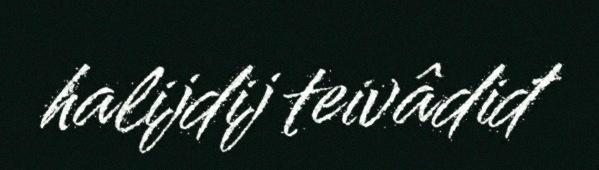
halijdij teivâdiđ